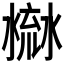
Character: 𣹳